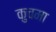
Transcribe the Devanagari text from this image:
कुचमा